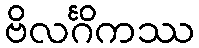
ဗိလင်္ဂိကဿ